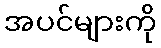
အပင်များကို